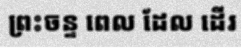
ព្រះចន្ទ ពេល ដែល ដើរ